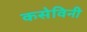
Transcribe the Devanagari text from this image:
कसेविनी